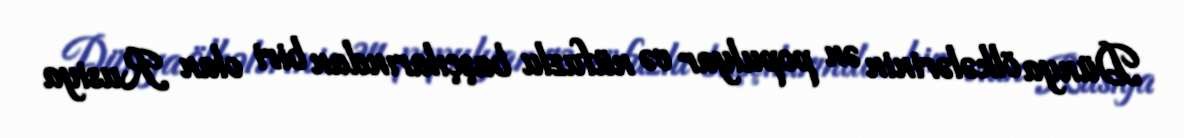
Dünya ölkələrinin ən populyar və nüfuzlu başçılarından biri olan Rusiya